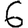
Digit: 6